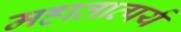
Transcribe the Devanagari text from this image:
महातात्पर्य